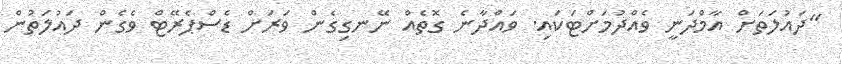
"ދައުލަތަށް އާމްދަނީ ވެއްދުމަށްޓަކައި. ވައްދާނެ ގޮތެއް ނޭނގިގެން ވަރަށް ޑެސްޕެރޭޓް ވެގެން ދައުލަތުން